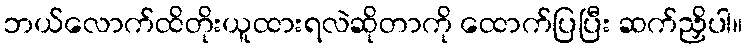
ဘယ်လောက်ထိတိုးယူထားရလဲဆိုတာကို ထောက်ပြပြီး ဆက်ညှိပါ။